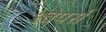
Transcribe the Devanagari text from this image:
श्वेपर्स